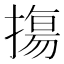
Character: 摥